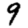
Digit: 9